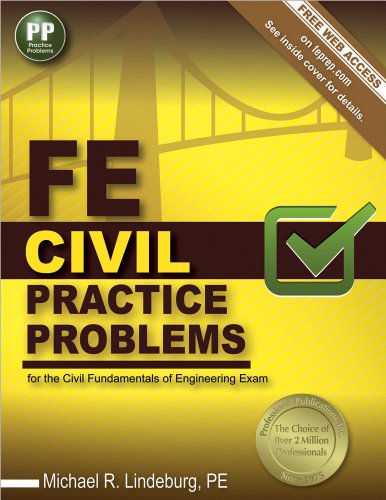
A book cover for FE Civil Practice Problems; Michael  R. Lindeburg PE; Engineering & Transportation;